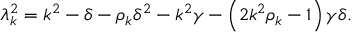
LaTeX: \lambda _ { k } ^ { 2 } = k ^ { 2 } - \delta - \rho _ { k } \delta ^ { 2 } - k ^ { 2 } \gamma - \left( 2 k ^ { 2 } \rho _ { k } - 1 \right) \gamma \delta .